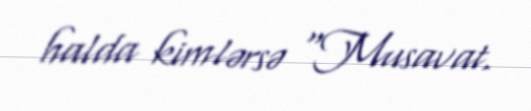
halda kimlərsə "Musavat.